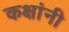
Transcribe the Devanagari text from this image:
कक्षांनी